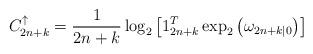
LaTeX: \begin{align*}C^{\uparrow}_{2n+k} = \frac{1}{2n+k}\log_2\left[1_{2n+k}^T \exp_2\left(\omega_{2n+k|0}\right)\right]\end{align*}